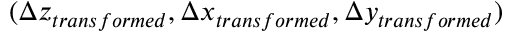
( \Delta z _ { t r a n s f o r m e d } , \Delta x _ { t r a n s f o r m e d } , \Delta y _ { t r a n s f o r m e d } )